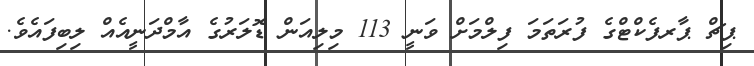
ޕިޗް ޕާރފެކްޓްގެ ފުރަތަމަ ފިލްމަށް ވަނީ 113 މިލިއަން ޑޮލަރުގެ އާމްދަނީއެއް ލިބިފައެވެ.